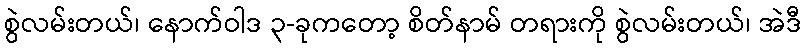
စွဲလမ်းတယ်၊ နောက်ဝါဒ ၃-ခုကတော့ စိတ်နာမ် တရားကို စွဲလမ်းတယ်၊ အဲဒီ